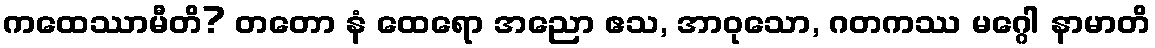
ကထေဿာမီတိ? တတော နံ ထေရော အညော ဧသ, အာဝုသော, ဂတကဿ မဂ္ဂေါ နာမာတိ